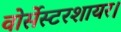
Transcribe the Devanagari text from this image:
वोर्सेस्टरशायर।